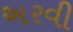
અરવી